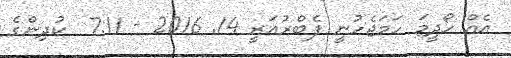
އެއް ހޯދީމަ ހަމަޖެހުނީ ފެބްރުއަރީ 14